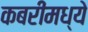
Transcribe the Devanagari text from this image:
कबरींमध्ये